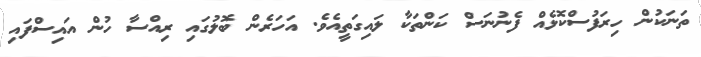
ތަނަކުން ހިރަފުސްކޮޅެއް ފެނުނަސް ކަންތަކާ ލައިގަތީއެވެ. އަހަރެން ބޮލުގައި ރިއްސާ ހުން އައިސްފައި